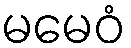
မမေဝံ